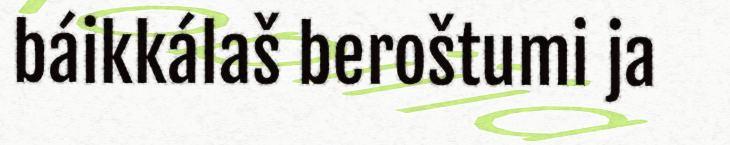
báikkálaš beroštumi ja